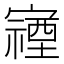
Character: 𫴖